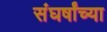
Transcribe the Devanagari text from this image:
संघर्षांच्या